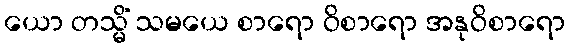
ယော တသ္မိံ သမယေ စာရော ဝိစာရော အနုဝိစာရော